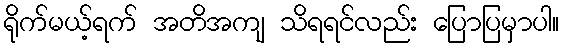
ရိုက်မယ့်ရက် အတိအကျ သိရရင်လည်း ပြောပြမှာပါ။